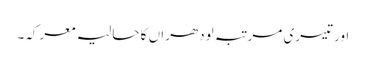
اور تیسری مرتبہ لودھراں کا حالیہ معرکہ۔